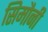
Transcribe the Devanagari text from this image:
सिमौनी